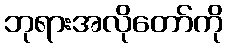
ဘုရားအလိုတော်ကို